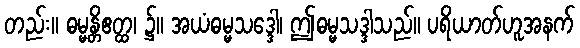
တည်း။ ဓမ္မန္တိဧတ္ထ၊ ၌။ အယံဓမ္မသဒ္ဒေါ၊ ဤဓမ္မသဒ္ဒါသည်။ ပရိယာတ်ဟူအနက်